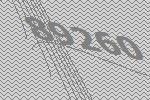
89260